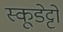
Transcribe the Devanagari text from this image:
स्कूडेट्टो